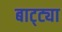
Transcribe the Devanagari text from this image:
बाट्ट्या